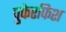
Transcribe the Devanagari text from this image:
पुफेरफिश